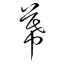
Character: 幕